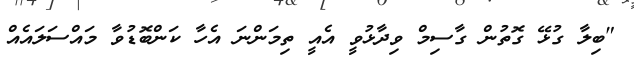
"ބިލާ ގުޅޭ ގޮތުން ގާސިމް ވިދާޅުވީ އެއީ ތިމަންނަ އެހާ ކަންބޮޑުވާ މައްސަލައެއް